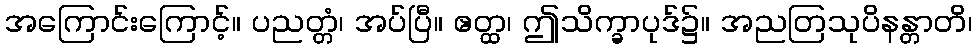
အကြောင်းကြောင့်။ ပညတ္တံ၊ အပ်ပြီ။ ဧတ္ထ၊ ဤသိက္ခာပုဒ်၌။ အညတြသုပိနန္တာတိ၊